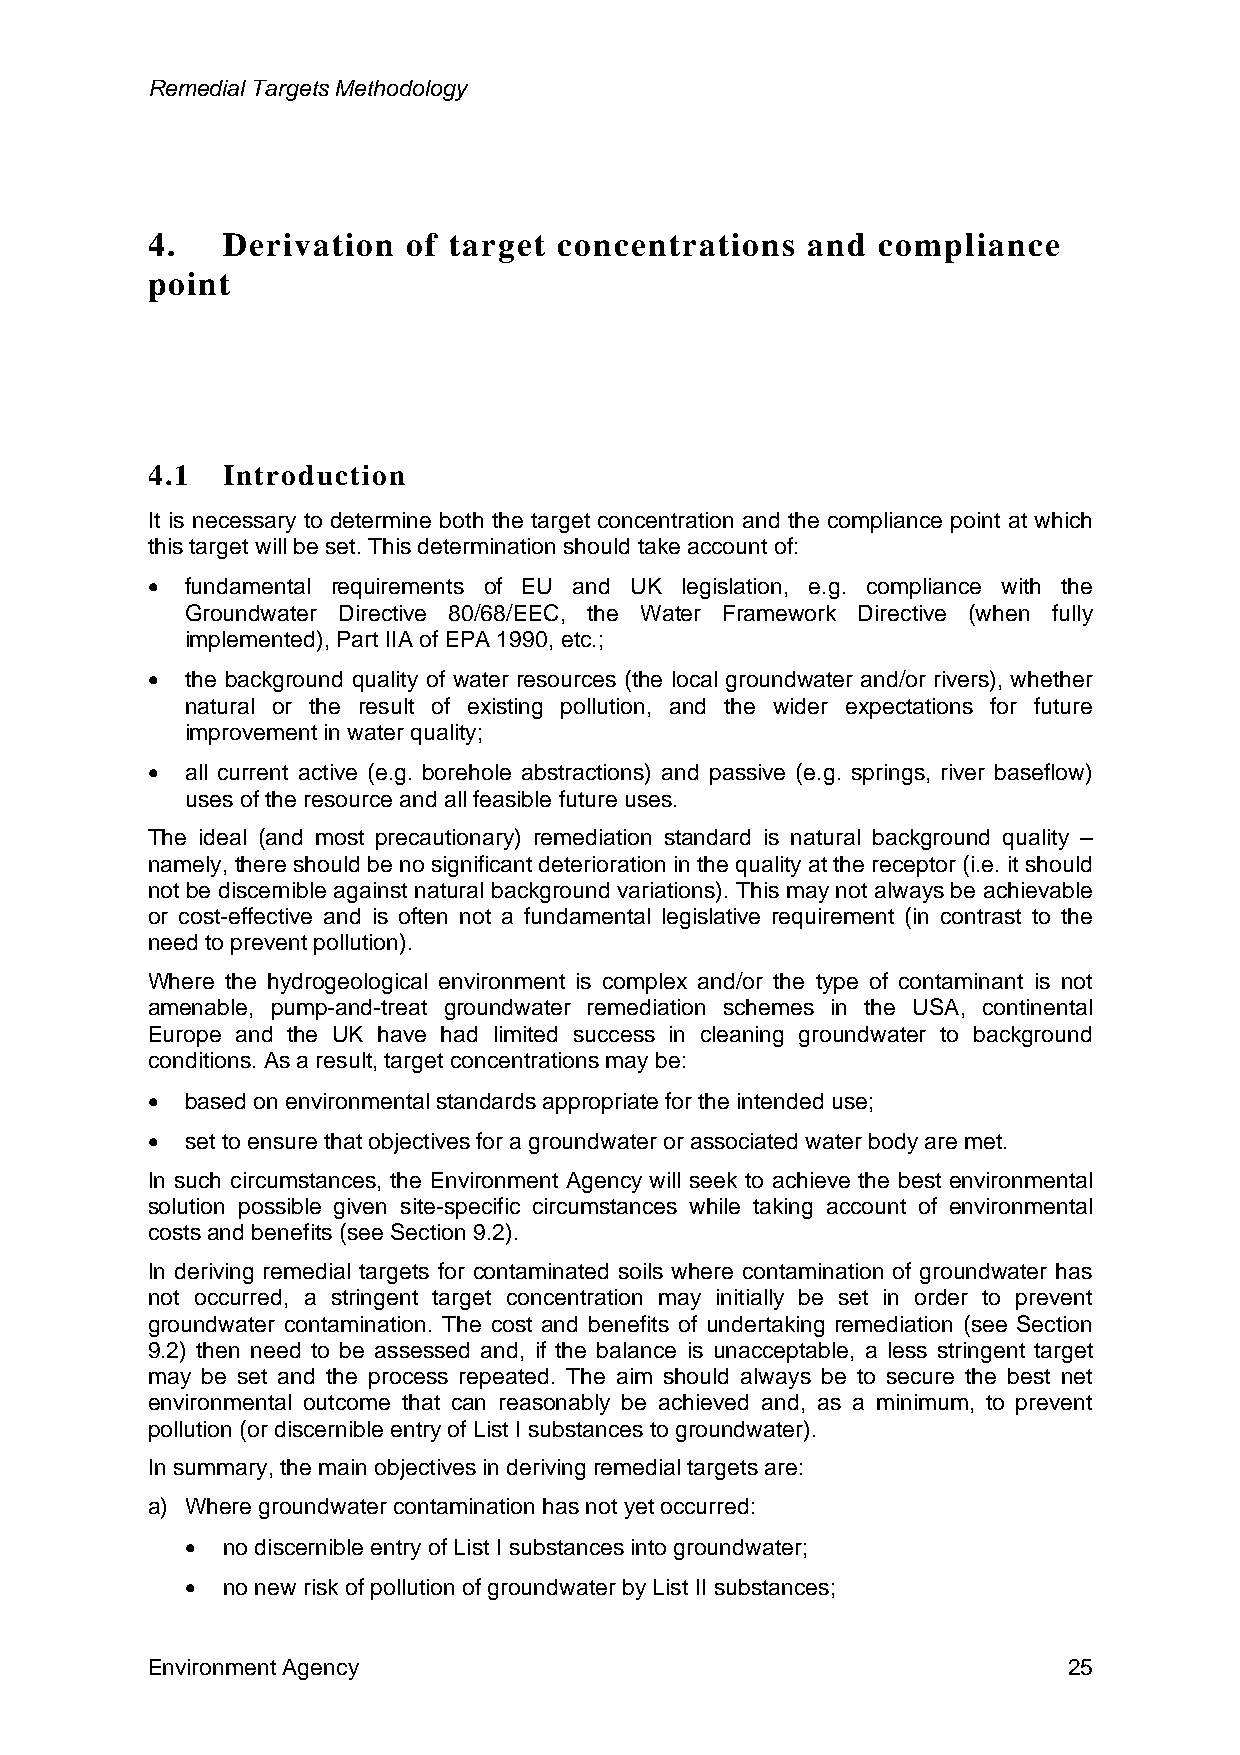
Remedial Targets Methodology
 4.   Derivation  of target concentrations  and  compliance
 point
 4.1  Introduction
 It is necessary to determine both the target concentration and the compliance point at which
 this target will be set. This determination should take account of:
 • fundamental requirements of EU and UK legislation, e.g. compliance with the
 Groundwater Directive 80/68/EEC, the Water Framework Directive (when fully
 implemented), Part IIA of EPA 1990, etc.;
 • the background quality of water resources (the local groundwater and/or rivers), whether
 natural or the result of existing pollution, and the wider expectations for future
 improvement in water quality;
 • all current active (e.g. borehole abstractions) and passive (e.g. springs, river baseflow)
 uses of the resource and all feasible future uses.
 The ideal (and most precautionary) remediation standard is natural background quality –
 namely, there should be no significant deterioration in the quality at the receptor (i.e. it should
 not be discernible against natural background variations). This may not always be achievable
 or cost-effective and is often not a fundamental legislative requirement (in contrast to the
 need to prevent pollution).
 Where the hydrogeological environment is complex and/or the type of contaminant is not
 amenable, pump-and-treat groundwater remediation schemes in the USA, continental
 Europe and the UK have had limited success in cleaning groundwater to background
 conditions. As a result, target concentrations may be:
 • based on environmental standards appropriate for the intended use;
 • set to ensure that objectives for a groundwater or associated water body are met.
 In such circumstances, the Environment Agency will seek to achieve the best environmental
 solution possible given site-specific circumstances while taking account of environmental
 costs and benefits (see Section 9.2).
 In deriving remedial targets for contaminated soils where contamination of groundwater has
 not occurred, a stringent target concentration may initially be set in order to prevent
 groundwater contamination. The cost and benefits of undertaking remediation (see Section
 9.2) then need to be assessed and, if the balance is unacceptable, a less stringent target
 may be set and the process repeated. The aim should always be to secure the best net
 environmental outcome that can reasonably be achieved and, as a minimum, to prevent
 pollution (or discernible entry of List I substances to groundwater).
 In summary, the main objectives in deriving remedial targets are:
 a) Where groundwater contamination has not yet occurred:
 •  no discernible entry of List I substances into groundwater;
 •  no new risk of pollution of groundwater by List II substances;
 Environment Agency                                           25